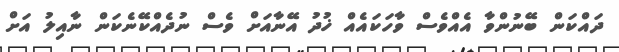
ދައްކަން ބޭނުންވާ އެއްވެސް ވާހަކައެއް ޚުދު އޭނާއަށް ވެސް ނުދެއްކޭނެކަން ނާއިލު އަށް